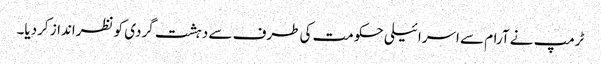
ٹرمپ نے آرام سے اسرائیلی حکومت کی طرف سے دہشت گردی کو نظرانداز کردیا۔